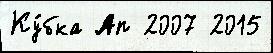
Ку́бка Ап 2007 2015